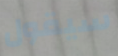
سيقول